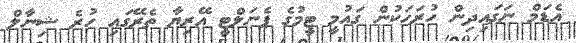
އެޑަމް ނަގައިދިން ހުރަހަކުން ގައުމީ ޓީމުގެ ޕެނަލްޓީ އޭރިޔާ ތެރޭގައި ހުރެ ޝިނާލް